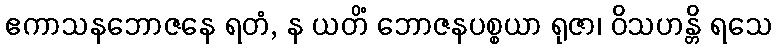
ဧကာသနဘောဇနေ ရတံ, န ယတိံ ဘောဇနပစ္စယာ ရုဇာ၊ ဝိသဟန္တိ ရသေ